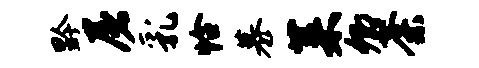
黔屠乳恰慕菜卿荼